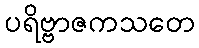
ပရိဗ္ဗာဇကသတေ